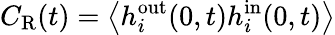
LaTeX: C_{\mathrm{R}}(t)=\left<h_{i}^{\mathrm{out}}(0,t)h_{i}^{\mathrm{in}}(0,t)\right>